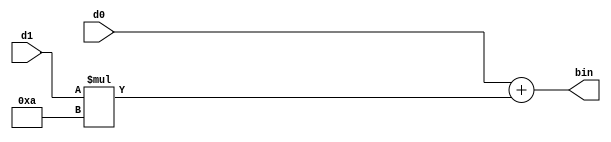
module DecimalToBinary8(
    input wire [3:0] d0,    // Least significant digit
    input wire [3:0] d1,    // Most significant digit
    output wire [7:0] bin
);
    wire [7:0] d1Ext;
    assign d1Ext = {4'b0000, d1};
    // Convert the decimal input to binary
    assign bin = d0 + d1Ext * 10;
endmodule